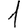
Digit: 1